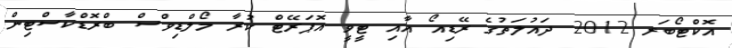
އޮކްޓޯބަރ 2012 ދައުލަތުގެ ރޭޑިއޯ އާއި ޓީވީ އޮޕަރޭޓް ކުރާ މޯލްޑިވްސް ބްރޮޑްކާސްޓިން